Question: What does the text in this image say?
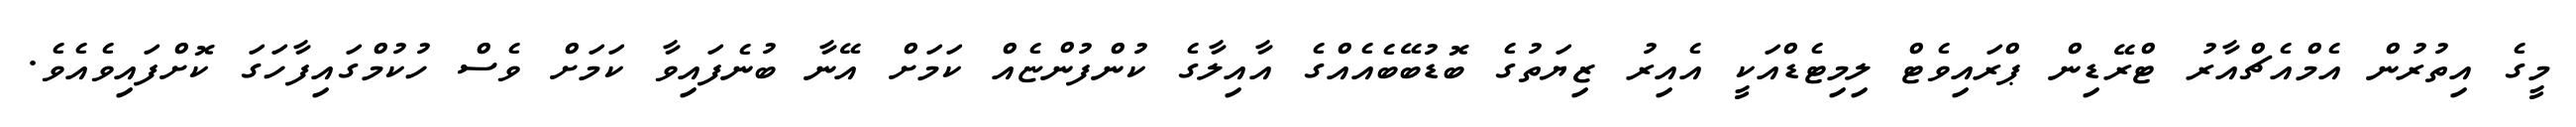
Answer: މީގެ އިތުރުން އެމްއެޗްއާރު ޓްރޭޑިން ޕްރައިވެޓް ލިމިޓެޑްއަކީ އެއިރު ޒިޔަތުގެ ބޮޑުބޭބެއެއްގެ އާއިލާގެ ކުންފުންޏެއް ކަމަށް އޭނާ ބުނެފައިވާ ކަމަށް ވެސް ހުކުމްގައިފާހަގަ ކޮށްފައިވެއެވެ.